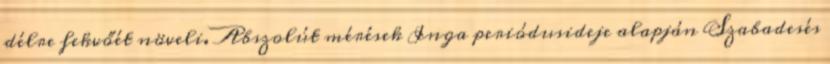
délre fekvőét növeli. Abszolút mérések Inga periódusideje alapján Szabadesés